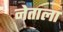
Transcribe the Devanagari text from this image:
नेताला